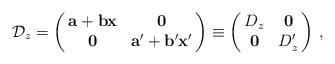
LaTeX: \begin{align*}\mathcal{D}_z = \left( \begin{array}{@{\,}cc@{\,}} \mathbf{a}+\mathbf{b} \mathbf{x} & \mathbf{0} \\ \mathbf{0} & \mathbf{a}'+\mathbf{b}'\mathbf{x}'\end{array} \right)\equiv \left( \begin{array}{@{\,}cc@{\,}} D_z & \mathbf{0} \\ \mathbf{0} & D_z^{\prime}\end{array} \right)\,,\end{align*}